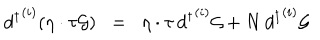
{ d ^ { \dagger } } ^ { ( i ) } ( \eta \cdot \tau { \cal { G } } ) \; \; = \; \; \eta \cdot \tau \, { d ^ { \dagger } } ^ { ( i ) } { \cal { G } } + N \, { d ^ { \dagger } } ^ { ( i ) } { \cal { G } }